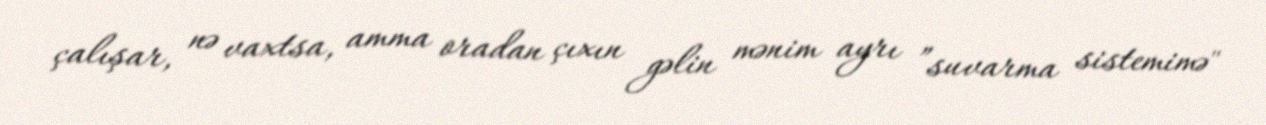
çalışar, nə vaxtsa, amma oradan çıxın gəlin mənim ayrı ”suvarma sistemimə"